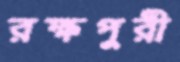
রক্ষপুরী